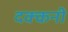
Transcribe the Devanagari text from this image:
दक्‍कनी